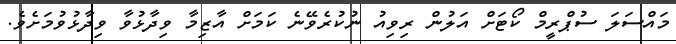
މައްސަލަ ސުޕްރީމް ކޯޓަށް އަލުން ރިވިއު ނުކުރެވޭނެ ކަމަށް އާޒިމާ ވިދާޅުވާ ވިދާޅުވުމަށެވެ.